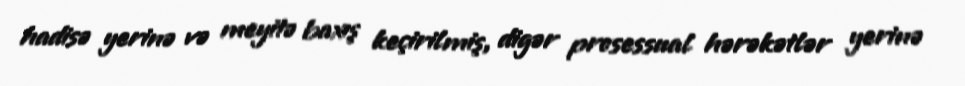
hadisə yerinə və meyitə baxış keçirilmiş, digər prosessual hərəkətlər yerinə